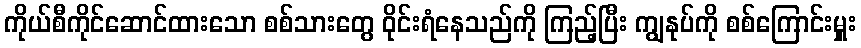
ကိုယ်စီကိုင်ဆောင်ထားသော စစ်သားတွေ ဝိုင်းရံနေသည်ကို ကြည့်ပြီး ကျွနုပ်ကို စစ်ကြောင်းမှူး